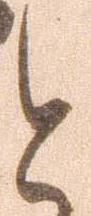
と